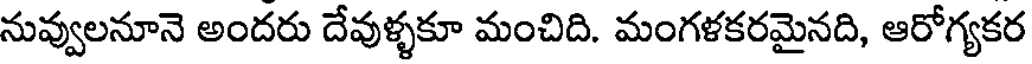
నువ్వులనూనె అందరు దేవుళ్ళకూ మంచిది. మంగళకరమైనది, ఆరోగ్యకర